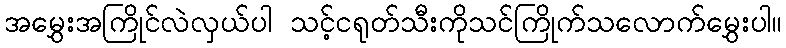
အမွှေးအကြိုင်လဲလှယ်ပါ သင့်ငရုတ်သီးကိုသင်ကြိုက်သလောက်မွှေးပါ။